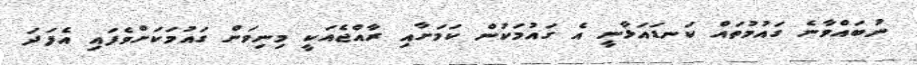
ނުބައްވާނެ ގައުމުތައް ކަނޑައަޅާނީ އެ ގައުމަކުން ކަމަށާއި ރާއްޖެއަކީ މިނިވަން ގައުމަކަށްވެފައި އެފަދަ